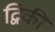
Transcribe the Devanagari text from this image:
द्विकी